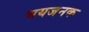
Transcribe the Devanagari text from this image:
भयजनक